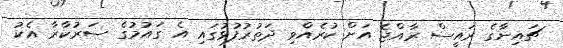
ޗައިނާގެ ރައީސް ރާއްޖެ އަށް ކުރެއްވި ދަތުރުފުޅުގައި އެ ގައުމުގެ ސަރުކާރާ އެކު